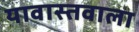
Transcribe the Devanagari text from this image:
यावास्तवाला